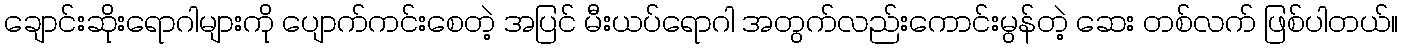
ချောင်းဆိုးရောဂါများကို ပျောက်ကင်းစေတဲ့ အပြင် မီးယပ်ရောဂါ အတွက်လည်းကောင်းမွန်တဲ့ ဆေး တစ်လက် ဖြစ်ပါတယ်။